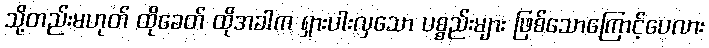
သို့တည်းမဟုတ် ထိုခေတ် ထိုအခါက ရှားပါးလှသော ပစ္စည်းများ ဖြစ်သောကြောင့်ပေလား